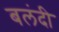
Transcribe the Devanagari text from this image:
बलंदी